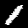
Digit: 1